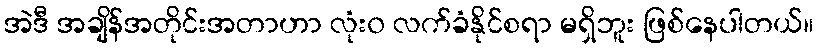
အဲဒီ အချိန်အတိုင်းအတာဟာ လုံး၀ လက်ခံနိုင်စရာ မရှိဘူး ဖြစ်နေပါတယ်။